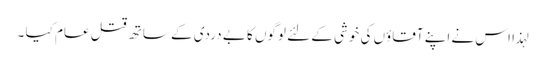
لہذا اس نے اپنے آقاؤں کی خوشی کے لئے لوگوں کا بے دردی کے ساتھ قتل عام کیا ۔